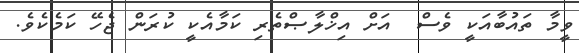
ވީމާ ތައުބާއަކީ ވެސް  އަށް އިޚްލާޞްތެރި ކަމާއެކީ ކުރަން ޖެހޭ ކަމެކެވެ.